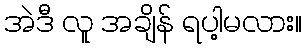
အဲဒီ လူ အချိန် ရပါ့မလား။